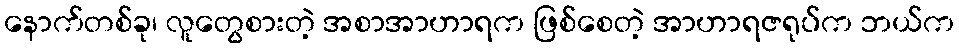
နောက်တစ်ခု၊ လူတွေစားတဲ့ အစာအာဟာရက ဖြစ်စေတဲ့ အာဟာရဇရုပ်က ဘယ်က